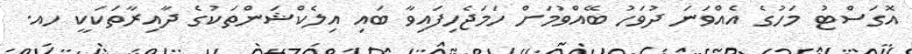
އޮގަސްޓު މަހުގެ އެއްވަނަ ދުވަހު ބޭއްވުމަށް ހަމަޖެހިފައިވާ ބައި އިލެކްޝަންތަކުގެ ދާއިރާތަކަކީ ހއ.